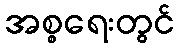
အစ္စရေးတွင်